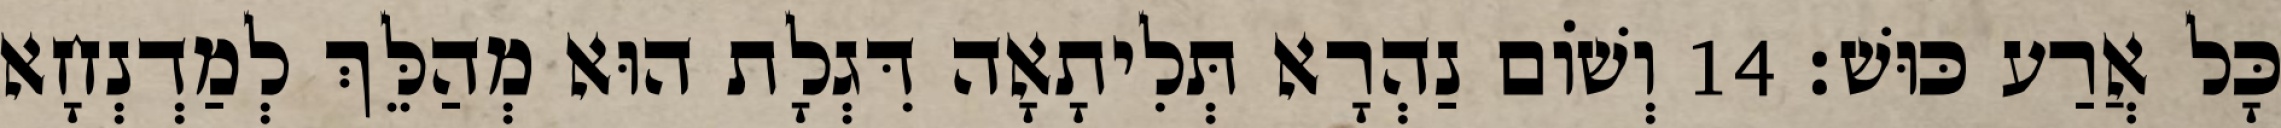
כָּל אֲרַע כּוּשׁ׃ 14 וְשׁוֹם נַהְרָא תְּלִיתָאָה דִּגְלָת הוּא מְהַלֵּךְ לְמַדְנְחָא